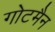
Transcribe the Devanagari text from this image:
गोटमैन